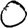
Digit: 0